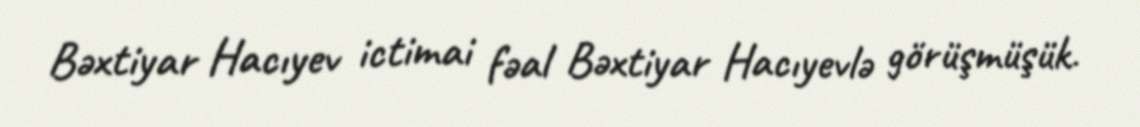
Bəxtiyar Hacıyev ictimai fəal Bəxtiyar Hacıyevlə görüşmüşük.